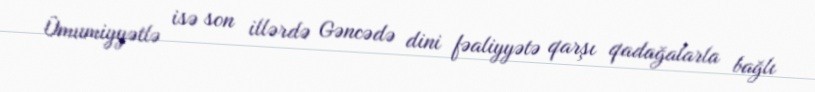
Ümumiyyətlə isə son illərdə Gəncədə dini fəaliyyətə qarşı qadağalarla bağlı